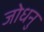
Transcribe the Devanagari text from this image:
जोधनु